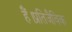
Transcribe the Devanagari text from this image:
हैं।प्रतिजैविक